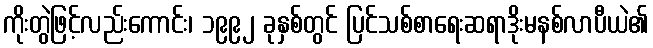
ကိုးတွဲဖြင့်လည်းကောင်း၊ ၁၉၉၂ ခုနှစ်တွင် ပြင်သစ်စာရေးဆရာဒိုးမနစ်လာပီယဲ၏